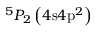
^ 5 P _ { 2 } \left( 4 \mathrm { s } 4 \mathrm { p } ^ { 2 } \right)